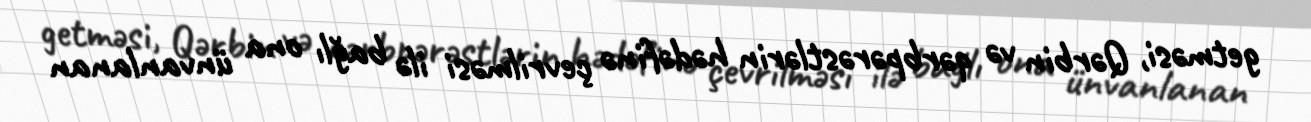
getməsi, Qərbin və qərbpərəstlərin hədəfinə çevrilməsi ilə bağlı ona ünvanlanan